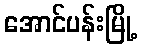
အောင်ပန်းမြို့